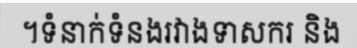
។ទំនាក់ទំនងរវាងទាសករ និង